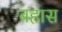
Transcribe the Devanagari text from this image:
बहास